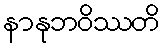
နာနုဘဝိဿတိ